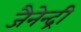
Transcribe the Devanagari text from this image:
जैनेन्द्री